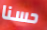
حسنا